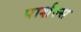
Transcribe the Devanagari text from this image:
पार्शल्स